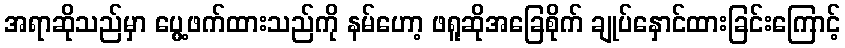
အရာဆိုသည်မှာ ပွေ့ဖက်ထားသည်ကို နမ်ဟော့ ဖရူဆိုအခြေစိုက် ချုပ်နှောင်ထားခြင်းကြောင့်